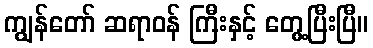
ကျွန်တော် ဆရာဝန် ကြီးနှင့် တွေ့ပြီးပြီ။